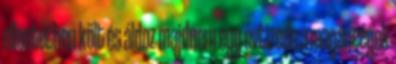
ellentétben költ és áldoz majdnem egy évtizede a magáncégek